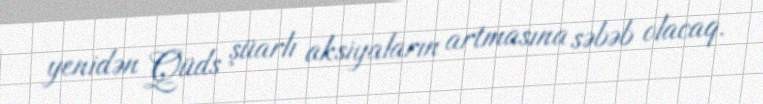
yenidən Qüds şüarlı aksiyaların artmasına səbəb olacaq.